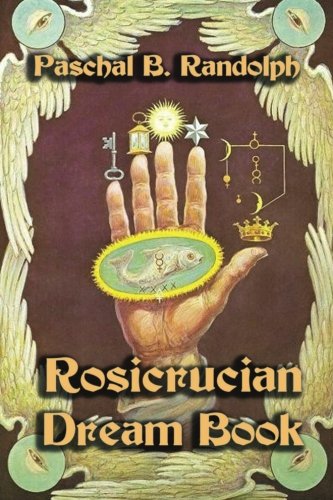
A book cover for Rosicrucian Dream Book; Paschal B. Randolph; Religion & Spirituality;